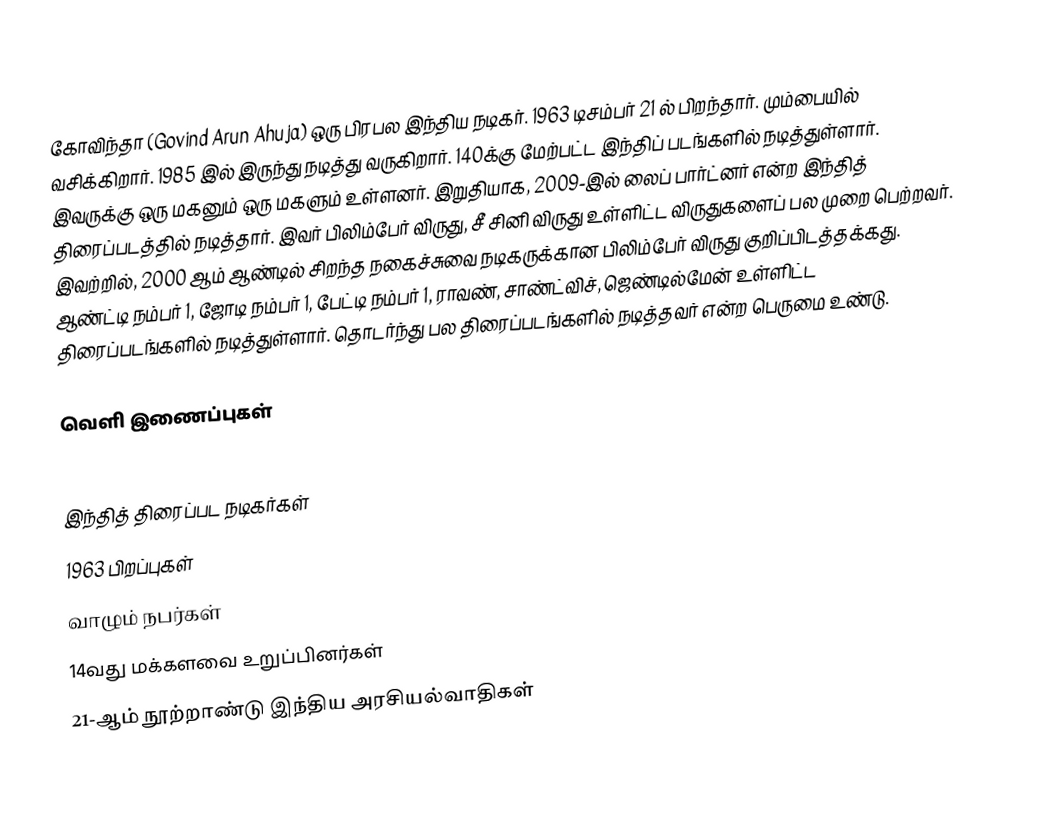
கோவிந்தா (Govind Arun Ahuja) ஒரு பிரபல இந்திய நடிகர். 1963 டிசம்பர் 21 ல் பிறந்தார். மும்பையில் வசிக்கிறார். 1985 இல் இருந்து நடித்து வருகிறார். 140க்கு மேற்பட்ட இந்திப் படங்களில் நடித்துள்ளார். இவருக்கு ஒரு மகனும் ஒரு மகளும் உள்ளனர். இறுதியாக, 2009-இல் லைப் பார்ட்னர் என்ற இந்தித் திரைப்படத்தில் நடித்தார். இவர் பிலிம்பேர் விருது, சீ சினி விருது உள்ளிட்ட விருதுகளைப் பல முறை பெற்றவர். இவற்றில், 2000 ஆம் ஆண்டில் சிறந்த நகைச்சுவை நடிகருக்கான பிலிம்பேர் விருது குறிப்பிடத்தக்கது. ஆண்ட்டி நம்பர் 1, ஜோடி நம்பர் 1, பேட்டி நம்பர் 1, ராவண், சாண்ட்விச், ஜெண்டில்மேன் உள்ளிட்ட திரைப்படங்களில் நடித்துள்ளார். தொடர்ந்து பல திரைப்படங்களில் நடித்தவர் என்ற பெருமை உண்டு.

வெளி இணைப்புகள்

இந்தித் திரைப்பட நடிகர்கள்
1963 பிறப்புகள்
வாழும் நபர்கள்
14வது மக்களவை உறுப்பினர்கள்
21-ஆம் நூற்றாண்டு இந்திய அரசியல்வாதிகள்